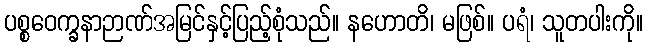
ပစ္စဝေက္ခနာဉာဏ်အမြင်နှင့်ပြည့်စုံသည်။ နဟောတိ၊ မဖြစ်။ ပရံ၊ သူတပါးကို။